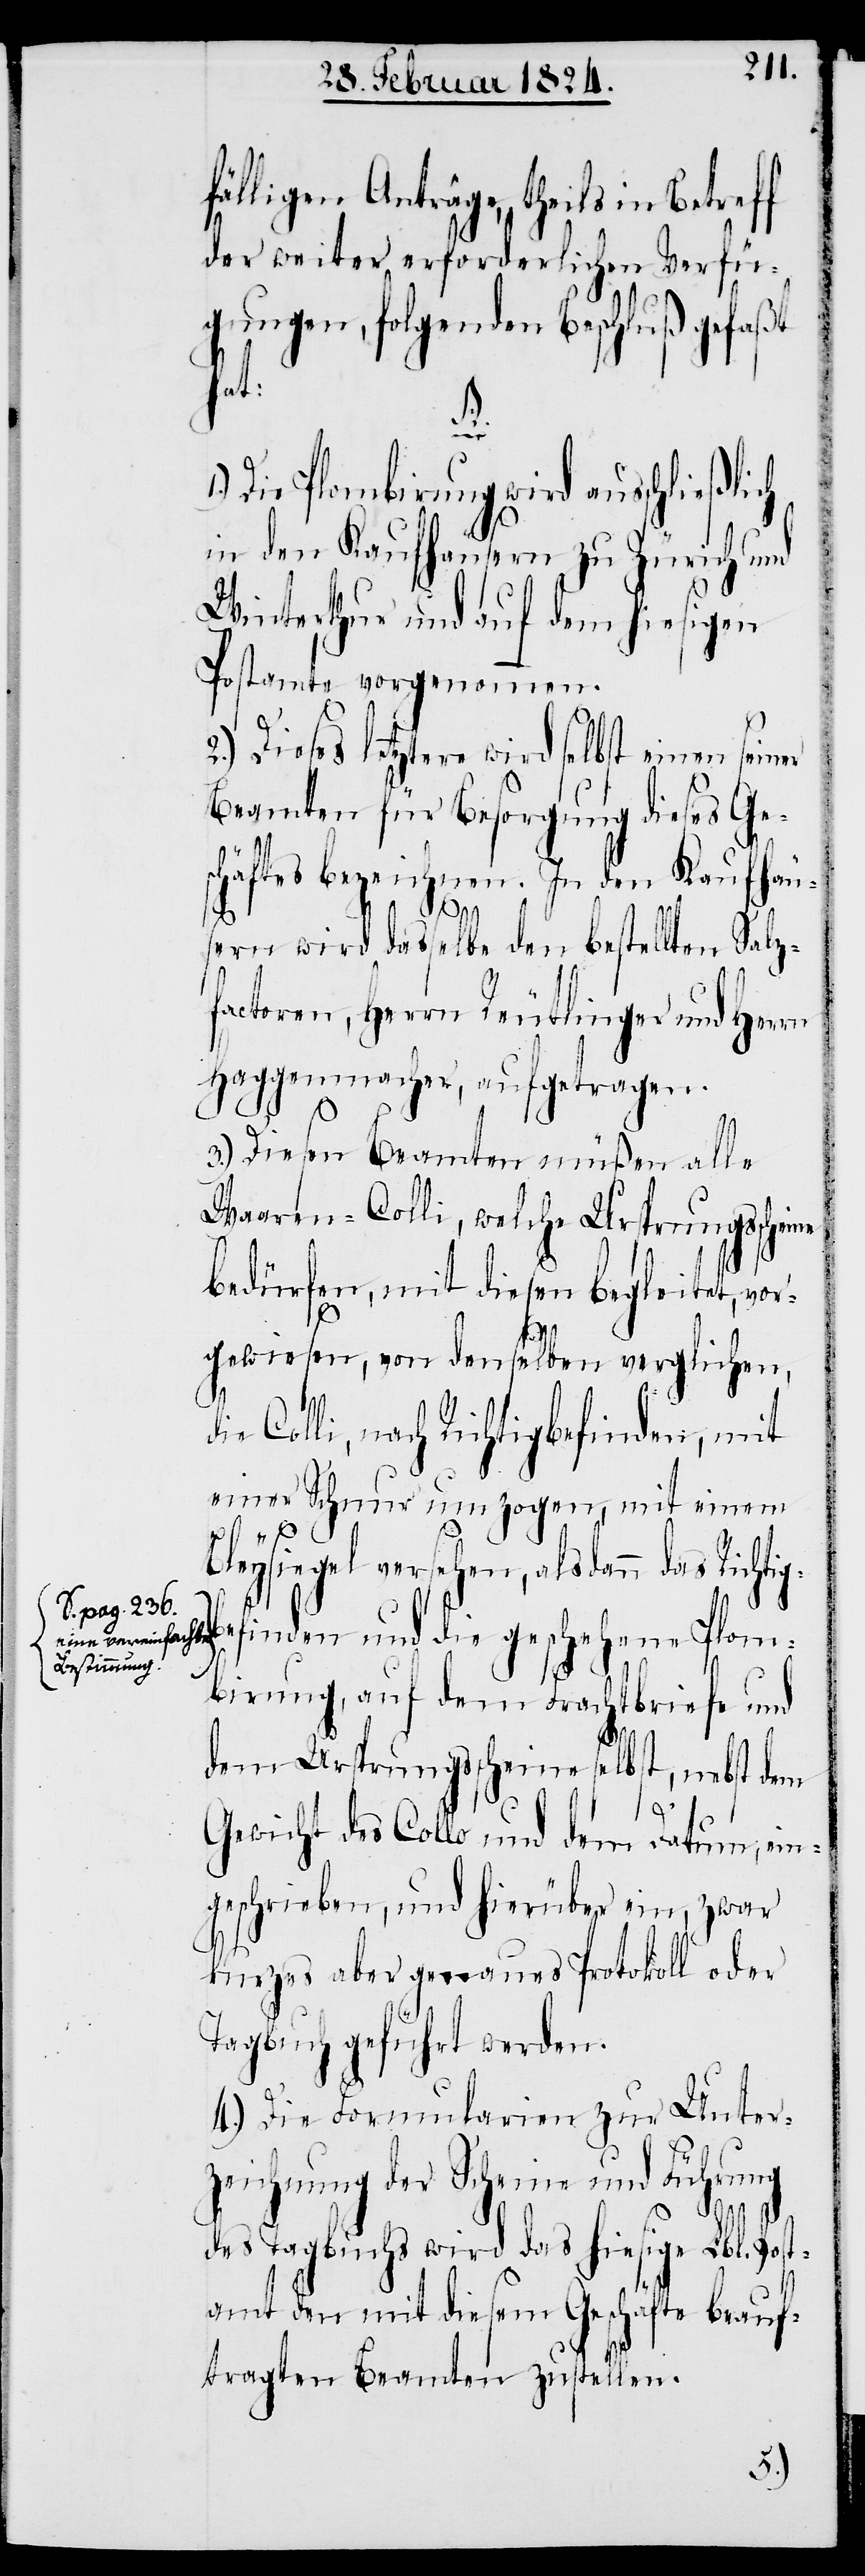
er

a-S. pag. 236.
eine vereinfachte
Bestimmung-a

fälligen Anträge, theils in Betreff
der weiter erforderlichen Verfü¬
gungen, folgenden Beschluß gefaßt
hat:
d¬
Die Plombirung wird ausschließlich
in den Kaufhäusern zu Zürich und
Winterthur und auf dem hiesigen
Postamte vorgenommen.
2.) Dieses letztere wird selbst einen sein¬
Beamten für Besorgung dieses Ge¬
schäftes bezeichnen. In den Kaufhäu¬
sern wird dasselbe den bestellten Salz¬
factoren, Herrn Reutlinger und Herrn
Haggenmacher, aufgetragen.
3.) Diesen Beamten müßen alle
Waaren-Colli, welche Ursprungsscheine
bedürfen, mit diesen begleitet, vor¬
gewiesen, von denselben verglichen,
ie Colli nach Richtigbefinden, mit
einer Schnur umzogen, mit einem
versehen, als dann das Richtigb¬
efinden und die geschehene Plom¬
birung, auf dem Frachtbriefe und
dem Ursprungsscheine selbst, nebst dem
Gewicht des Collo und dem Datum, ein¬
geschrieben, und hierüber ein, zwar
kurzes aber genaues Protokoll oder
Tagebuch geführt werden.
4.) Die Formularien zur Unter¬
zeichnung der Scheine und Führung
des Tagebuchs wird das hiesige Lbl. Post¬
amt den mit diesem Geschäfte beauf¬
tragten Beamten zustellen.